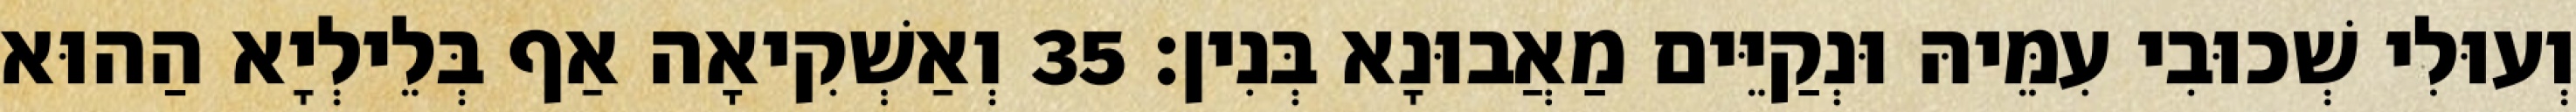
וְעוּלִי שְׁכוּבִי עִמֵּיהּ וּנְקַיֵּים מַאֲבוּנָא בְּנִין׃ 35 וְאַשְׁקִיאָה אַף בְּלֵילְיָא הַהוּא